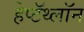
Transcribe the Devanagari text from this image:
हेप्टॅथ्‍लॉन